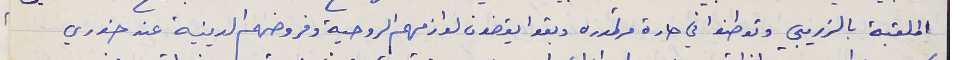
الملقبة بالذريبي وتوطنوا في حارة مرتموره وبقوا يقضون لوازمهم الروحية وفروضهم الدينية عند خوري